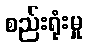
စည်းရုံးမှု